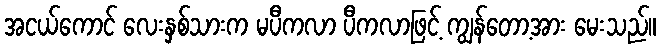
အငယ်ကောင် လေးနှစ်သားက မပီကလာ ပီကလာဖြင့် ကျွန်တော့အား မေးသည်။